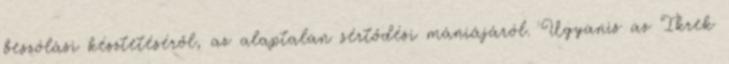
beszólási késztetéséről, az alaptalan sértődési mániájáról. Ugyanis az Ikrek